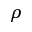
\rho